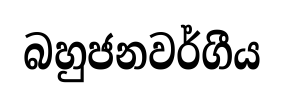
බහුජනවර්ගීය